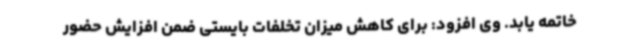
خاتمه یابد. وی افزود: برای کاهش میزان تخلفات بایستی ضمن افزایش حضور